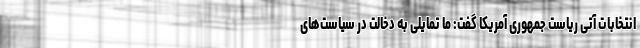
انتخابات آتی ریاست جمهوری آمریکا گفت: ما تمایلی به دخالت در سیاست‌های